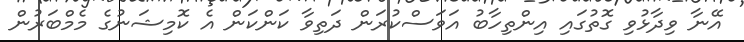
އޭނާ ވިދާޅުވި ގޮތުގައި އިންތިހާބު އަވަސްކުރަން ދަތިވާ ކަންކަން އެ ކޮމިޝަނުގެ މެމްބަރުން